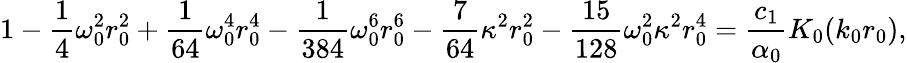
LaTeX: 1-\frac 14\omega_{0}^{2}r_{0}^{2}+\frac{1}{64}\omega_{0}^{4}r_{0}^{4}-\frac{1}{384}\omega_{0}^{6}r_{0}^{6}-\frac{7}{64}\kappa^{2}r_{0}^{2}-\frac{15}{128}\omega_{0}^{2}\kappa^{2}r_{0}^{4}=\frac{c_{1}}{\alpha_{0}}K_{0}(k_{0}r_{0}),